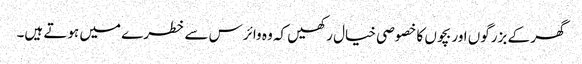
گھر کے بزرگوں اور بچوں کا خصوصی خیال رکھیں کہ وہ وائرس سے خطرے میں ہوتے ہیں۔